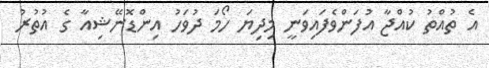
އެ ތުއްތު ކުއްޖާ އުފަންވެފައިވަނީ މިދިޔަ ހޯމަ ދުވަހު އިންޑޮނޭޝިއާ ގެ އުތުރު